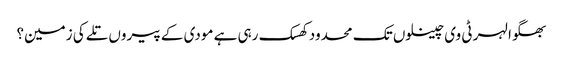
بھگوا لہر ٹی وی چینلوں تک محدود کھسک رہی ہے مودی کے پیروں تلے کی زمین؟